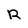
Character: R